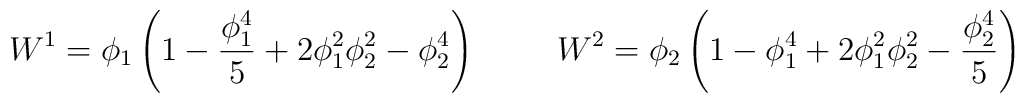
W^1=\phi_1 \left(1-\frac{\phi_1^4}{5}+2 \phi_1^2 \phi_2^2- \phi_2^4\right) \hspace{1cm} W^2= \phi_2\left(1-\phi_1^4+2\phi_1^2 \phi_2^2-\frac{\phi_2^4}{5}\right)